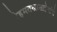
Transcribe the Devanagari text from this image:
रेहमतखासाहेबांचे